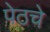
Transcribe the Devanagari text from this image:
पेठचे